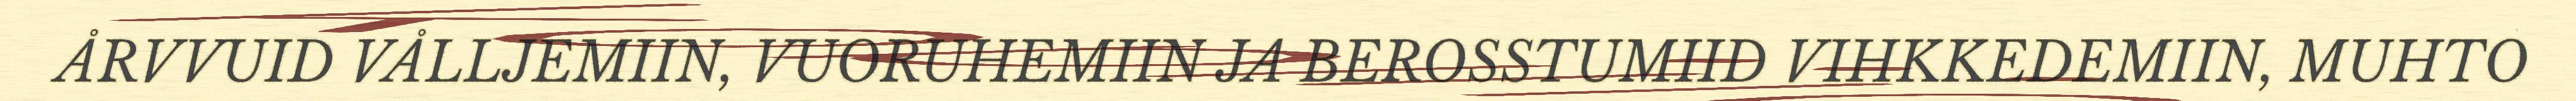
ÅRVVUID VÅLLJEMIIN, VUORUHEMIIN JA BEROSSTUMIID VIHKKEDEMIIN, MUHTO